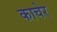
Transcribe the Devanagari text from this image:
काचेर